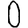
Digit: 0